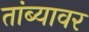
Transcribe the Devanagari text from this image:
तांब्यावर